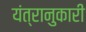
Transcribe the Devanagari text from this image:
यंत्रानुकारी